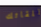
للقائك